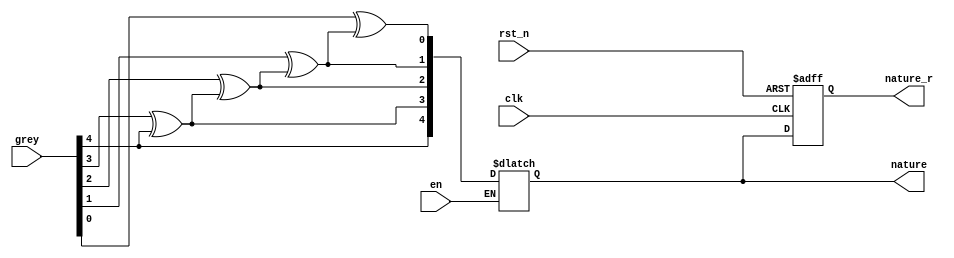
module grey2nature
#(
parameter WIDTH = 5
)
(
  input clk,
  input rst_n,
  
  
  input en,
  input [WIDTH-1:0] grey,
  output reg [WIDTH-1:0] nature,
  output reg [WIDTH-1:0] nature_r
);


always @(posedge clk, negedge rst_n) begin
  if(!rst_n)
    nature_r <= 0;
  else 
    nature_r <= nature; 
end

integer i;
always @(*) begin
  if(en) begin
    nature[WIDTH-1] = grey[WIDTH-1];
    for (i=WIDTH-1;i>0;i=i-1)
      nature[i-1] = grey[i-1]^nature[i];
  end
end

endmodule